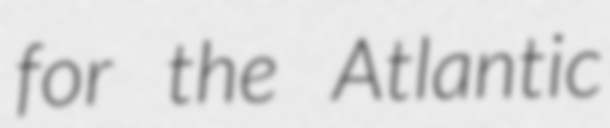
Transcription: for the Atlantic